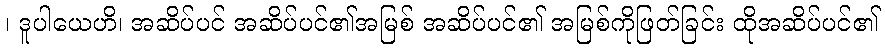
၊ ဒူပါယေဟိ၊ အဆိပ်ပင် အဆိပ်ပင်၏အမြစ် အဆိပ်ပင်၏ အမြစ်ကိုဖြတ်ခြင်း ထိုအဆိပ်ပင်၏